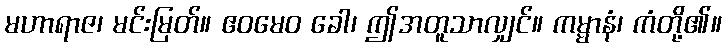
မဟာရာဇ၊ မင်းမြတ်။ ဧဝမေဝ ခေါ၊ ဤအတူသာလျှင်။ ကမ္မာနံ၊ ကံတို့၏။